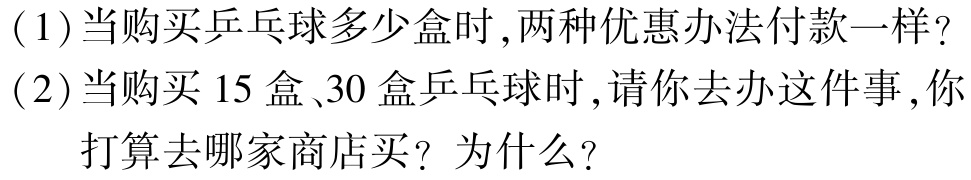
(1)当购买乒乓球多少盒时,两种优惠办法付款一样?

(2)当购买$15$盒、$30$盒乒乓球时,请你去办这件事,你

  打算去哪家商店买？为什么?